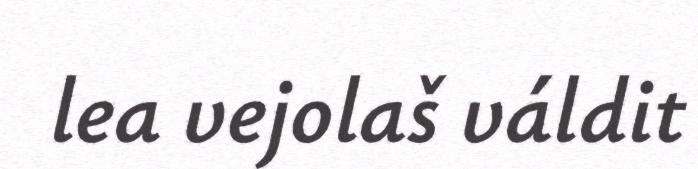
lea vejolaš váldit